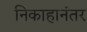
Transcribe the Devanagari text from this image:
निकाहानंतर